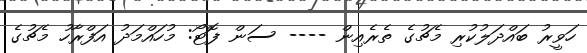
ހަވީރު ބައްދަލުކުރި މެޗުގެ ތެރެއިން ---- ސަން ފޮޓޯ: މުހައްމަދު އަފްރާހު މެޗުގެ